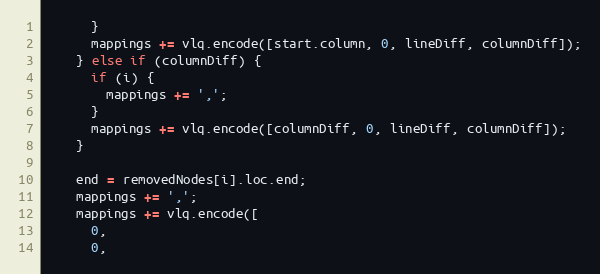
Language: JavaScript
      }
      mappings += vlq.encode([start.column, 0, lineDiff, columnDiff]);
    } else if (columnDiff) {
      if (i) {
        mappings += ',';
      }
      mappings += vlq.encode([columnDiff, 0, lineDiff, columnDiff]);
    }

    end = removedNodes[i].loc.end;
    mappings += ',';
    mappings += vlq.encode([
      0,
      0,